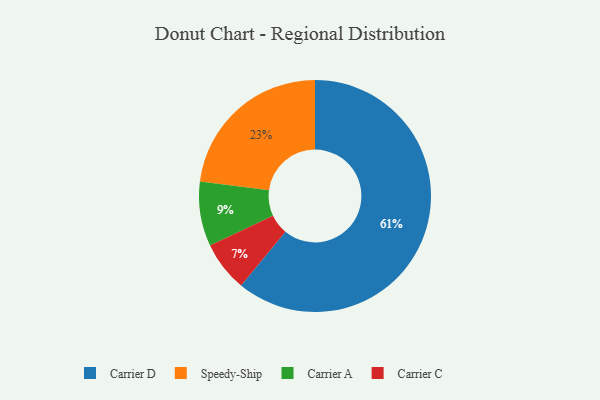
{"axis": {"x": "Category", "y": "Percentage"}, "legend": ["Carrier A", "Carrier C", "Carrier D", "Speedy-Ship"], "data": [{"x": "Speedy-Ship", "y": 23, "type": "Speedy-Ship"}, {"x": "Carrier A", "y": 9, "type": "Carrier A"}, {"x": "Carrier C", "y": 7, "type": "Carrier C"}, {"x": "Carrier D", "y": 61, "type": "Carrier D"}]}